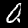
Digit: 0